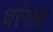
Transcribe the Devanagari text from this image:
थरंगाला